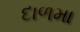
દાળમા